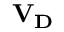
\mathbf { V _ { D } }